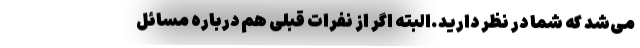
می‌شد که شما در نظر دارید.البته اگر از نفرات قبلی هم درباره مسائل